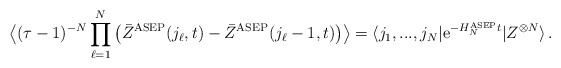
\begin{align*}\big\langle (\tau-1)^{-N}\prod_{\ell=1}^N \big(\bar{Z}^{\rm ASEP}(j_\ell,t) - \bar{Z}^{\rm ASEP}(j_\ell-1,t)\big) \big\rangle = \langle j_1,...,j_N|\mathrm{e}^{-H^{\rm ASEP}_Nt}|Z^{\otimes N}\rangle\,.\end{align*}